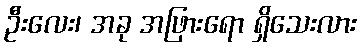
ဦးလေး၊ အခု အဖြားရော ရှိသေးလား